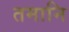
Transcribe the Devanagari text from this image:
तमानि